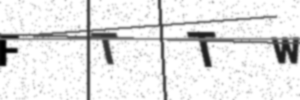
Text: FTTW